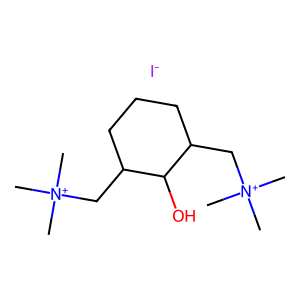
SMILES: C[N+](C)(C)CC1CCCC(C[N+](C)(C)C)C1O.[I-]
Inhibits HIV replication: No